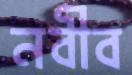
নবীব